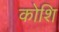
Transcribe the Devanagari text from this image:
कोशि